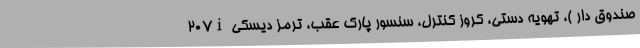
۲۰۷i صندوق دار )، تهویه دستی، کروز کنترل، سنسور پارک عقب، ترمز دیسکی